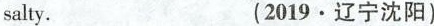
salty. (2019·辽宁沈阳)